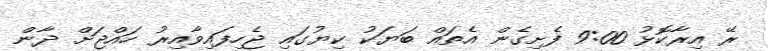
ރޭ އިރާކޮޅު 9:00 ފެށިގެން އެތައް ބަޔަކު ކިޔުގައި ޖެހިފައިވާއިރު ހައްޖަށް ދާން